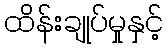
ထိန်းချုပ်မှုနှင့်